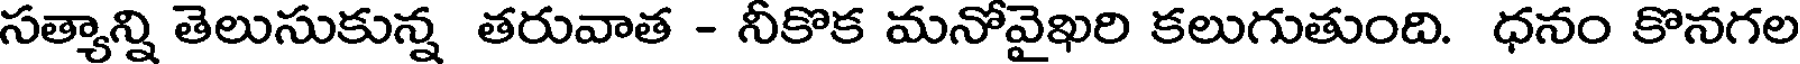
సత్యాన్ని తెలుసుకున్న తరువాత - నీకొక మనోవైఖరి కలుగుతుంది. ధనం కొనగల